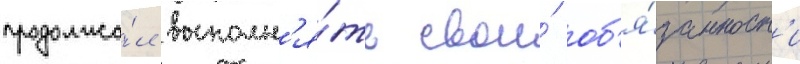
продолжа́л выполн'я́ть свои́ об'я́занност'и